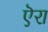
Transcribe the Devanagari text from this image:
ऎरा